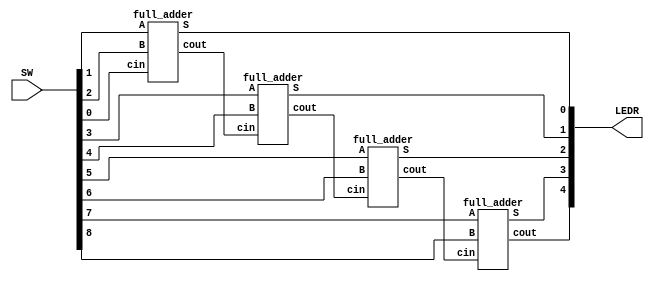
module mux(LEDR, SW);
    input [9:0] SW;
    output [9:0] LEDR;
	 wire connect1, connect2, connect3;

    full_adder a(
        .A(SW[1]),
		  .B(SW[2]),
		  .cin(SW[0]),
		  .S(LEDR[0]),
		  .cout(connect1)
        );
		  
    full_adder b(
        .A(SW[3]),
		  .B(SW[4]),
		  .cin(connect1),
		  .S(LEDR[1]),
		  .cout(connect2)
        );

     full_adder c(
        .A(SW[5]),
		  .B(SW[6]),
		  .cin(connect2),
		  .S(LEDR[2]),
		  .cout(connect3)
        );  
		  
	  full_adder d(
        .A(SW[7]),
		  .B(SW[8]),
		  .cin(connect3),
		  .S(LEDR[3]),
		  .cout(LEDR[4])
        );  
endmodule

module full_adder(A, B, cin, S, cout);
    input A; 
    input B;
	 input cin; 
    output S;
	 output cout;
  
    assign cout = A&B | A&cin | B&cin;
	 assign S = A ^ B ^ cin;

endmodule